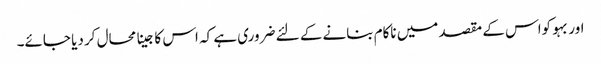
اور بہو کواس کے مقصد میں ناکام بنانے کے لئے ضروری ہے کہ اس کا جینا محال کر دیا جائے۔